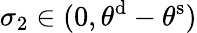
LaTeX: \sigma_{2}\in(0,\theta^{\mathrm{d}}-\theta^{\mathrm{s}})